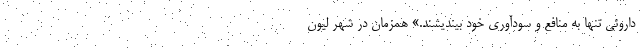
داروئی تنها به منافع و سودآوری خود بیندیشند.» همزمان در شهر لیون